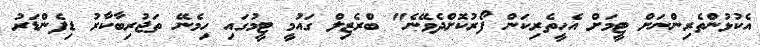
އެކުޅުންތެރިންނަށް ޓީމަށް އެހީތެރިކަން ފޯރުކޮށްދެވޭނެ" ބްރެޒިލް ގައުމީ ޓީމުގައި ހިމެނޭ ތަޖުރިބާކާރު ޑިފެންޑަރު